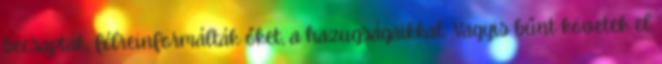
becsapták, félreinformálták őket, a hazugságaikkal. Vagyis bűnt követek el